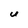
Character: U